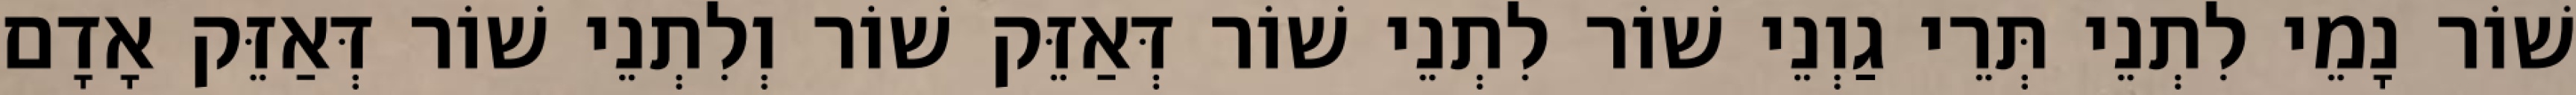
שׁוֹר נָמֵי לִתְנֵי תְּרֵי גַוְנֵי שׁוֹר לִתְנֵי שׁוֹר דְּאַזֵּק שׁוֹר וְלִתְנֵי שׁוֹר דְּאַזֵּק אָדָם